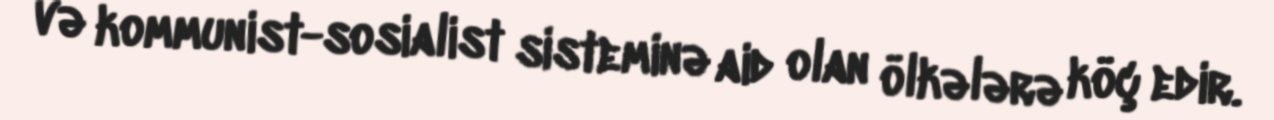
və kommunist-sosialist sisteminə aid olan ölkələrə köç edir.